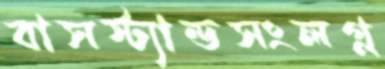
বাসস্ট্যান্ডসংলগ্ন